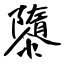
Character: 隳